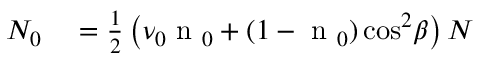
\begin{array} { r l } { N _ { 0 } } & { { } = \frac { 1 } { 2 } \left( \nu _ { 0 } \textrm { n } _ { 0 } + ( 1 - \textrm { n } _ { 0 } ) \cos ^ { 2 } \! \beta \right) N } \end{array}